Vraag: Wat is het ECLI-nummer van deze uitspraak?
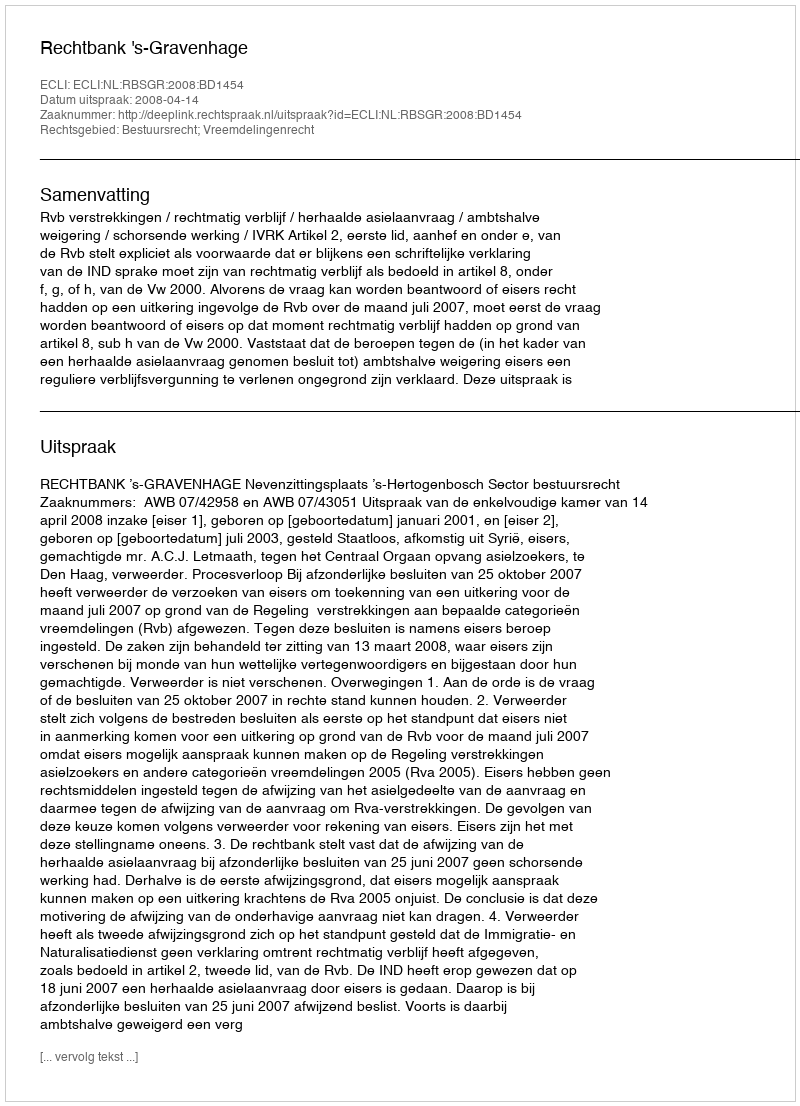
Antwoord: ECLI:NL:RBSGR:2008:BD1454